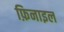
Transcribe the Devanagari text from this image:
फ़िनाइल